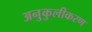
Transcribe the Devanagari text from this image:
अनुकुलीकरण